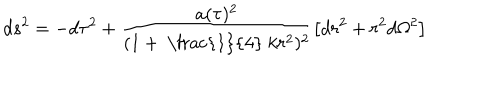
d s ^ { 2 } = - d \tau ^ { 2 } + \frac { a ( \tau ) ^ { 2 } } { ( 1 + \mathrm { ~ \frac { 1 } { 4 } ~ } k r ^ { 2 } ) ^ { 2 } } \left[ d r ^ { 2 } + r ^ { 2 } d \Omega ^ { 2 } \right]